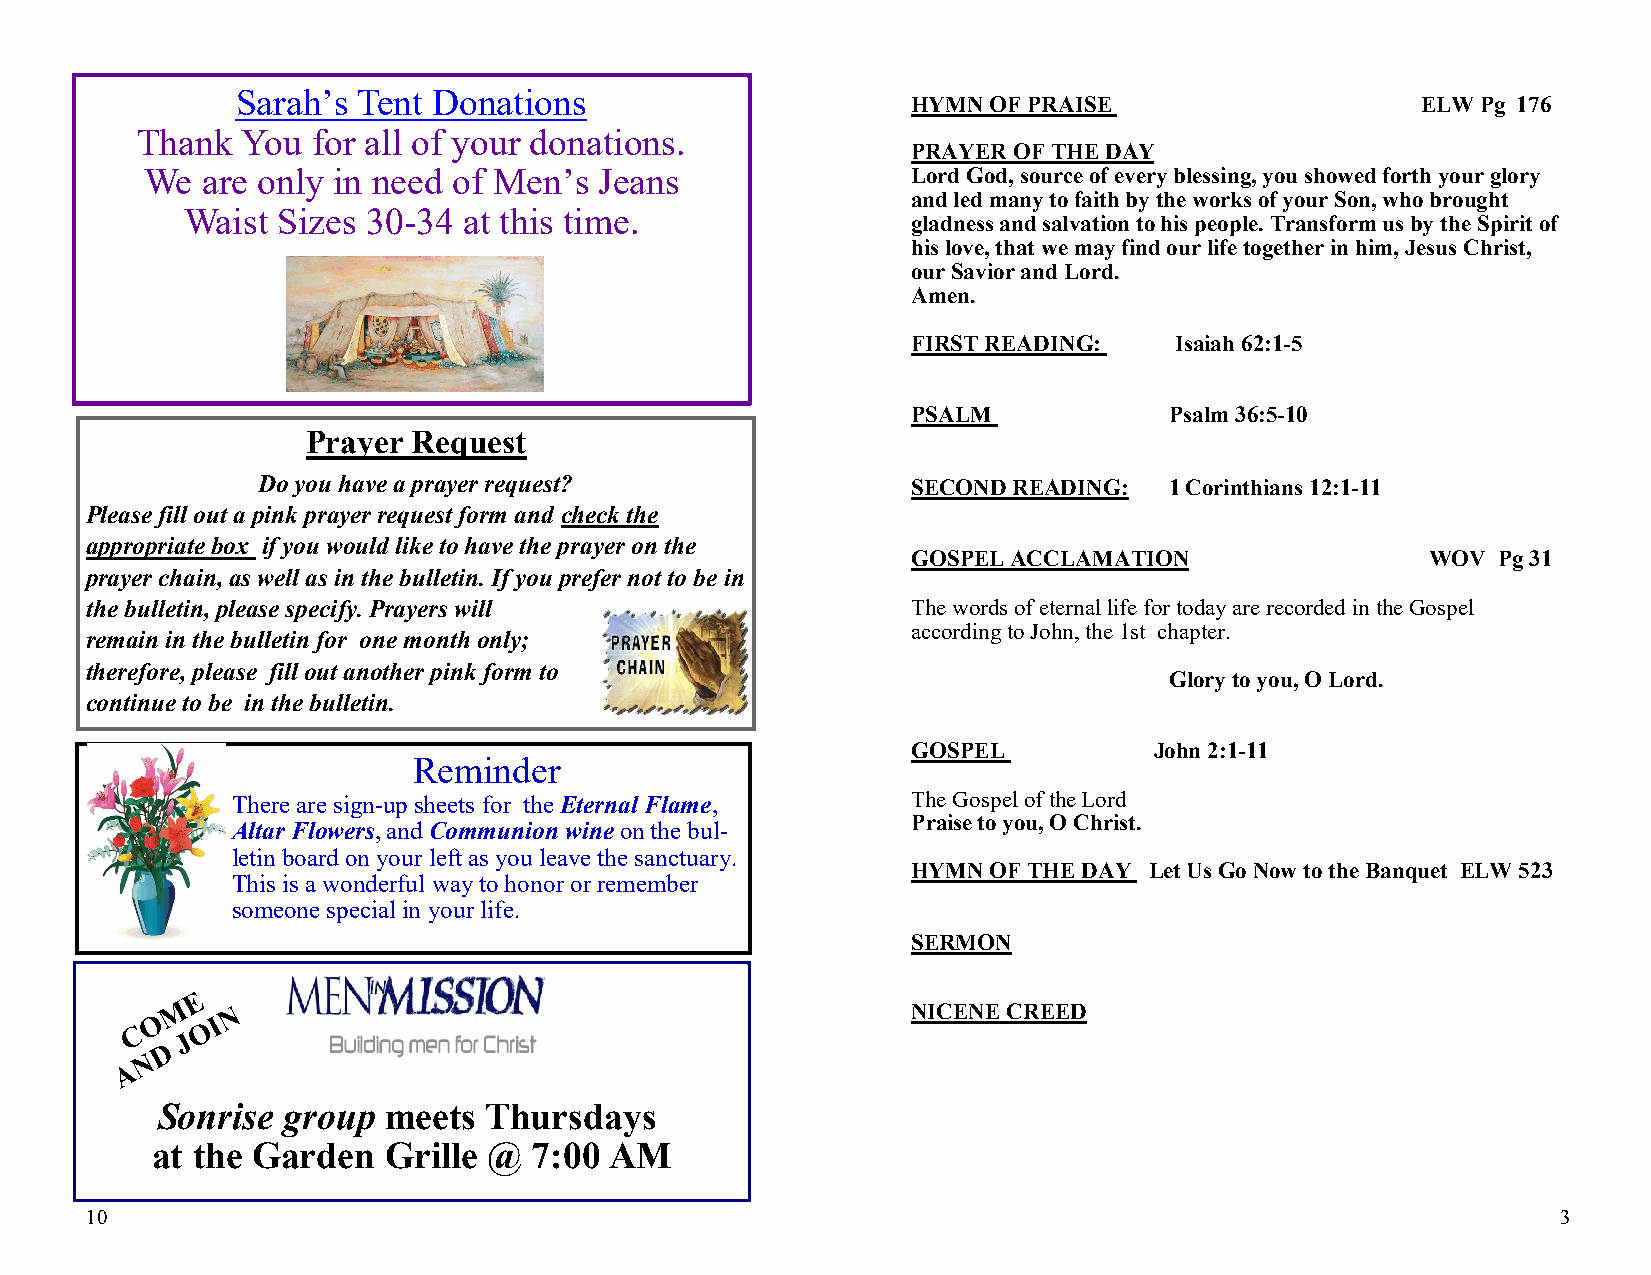
Sarah’s Tent Donations
 HYMN OF PRAISE                    ELW Pg 176
 Thank  You  for all of your donations.
 PRAYER OF THE DAY
 We are only in need of Men’s  Jeans               Lord God, source of every blessing, you showed forth your glory
 and led many to faith by the works of your Son, who brought
 Waist Sizes 30-34  at this time.
 gladness and salvation to his people. Transform us by the Spirit of
 his love, that we may find our life together in him, Jesus Christ,
 our Savior and Lord.
 Amen.
 FIRST READING:    Isaiah 62:1-5
 PSALM            Psalm 36:5-10
 Prayer Request
 Do you have a prayer request?              SECOND READING:  1 Corinthians 12:1-11
 Please fill out a pink prayer request form and check the
 appropriate box if you would like to have the prayer on the
 GOSPEL ACCLAMATION                 WOV Pg 31
 prayer chain, as well as in the bulletin. If you prefer not to be in
 the bulletin, please specify. Prayers will            The words of eternal life for today are recorded in the Gospel
 according to John, the 1st chapter.
 remain in the bulletin for one month only;
 therefore, please fill out another pink form to
 Glory to you, O Lord.
 continue to be in the bulletin.
 GOSPEL          John 2:1-11
 Reminder
 There are sign-up sheets for the Eternal Flame, The Gospel of the Lord
 Praise to you, O Christ.
 Altar Flowers, and Communion wine on the bul-
 letin board on your left as you leave the sanctuary.
 HYMN OF THE DAY Let Us Go Now to the Banquet ELW 523
 This is a wonderful way to honor or remember
 someone special in your life.
 SERMON
 NICENE CREED
 Sonrise  group meets  Thursdays
 at the Garden  Grille @  7:00 AM
 10                                                                                               3